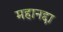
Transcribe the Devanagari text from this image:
महानद्दा